Scottish Leaving Certificate Examination, 1958
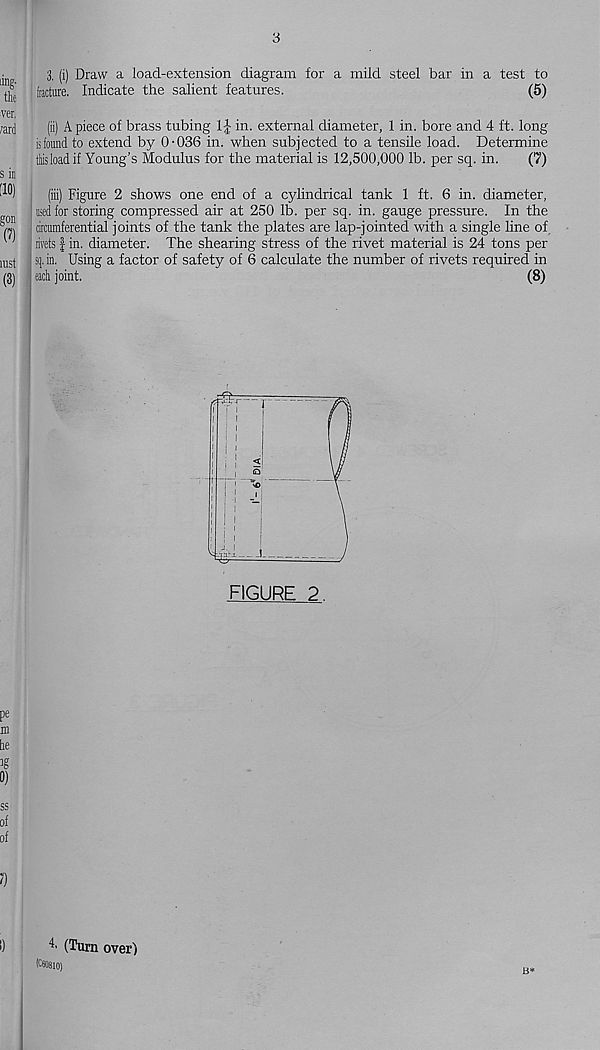
3
3. (i) Draw a load-extension diagram for a mild steel bar in a test to
fracture. Indicate the salient features.
(5)
(ii) Apiece of brass tubing
in. external diameter, 1 in. bore and 4 ft. long
is found to extend by 0-036 in. when subjected to a tensile load. Determine
thisloadif Young’s Modulus for the material is 12,500,000 lb. per sq. in.
(7)
(iii) Figure 2 shows one end of a cylindrical tank 1 ft. 6 in. diameter,
tised for storing compressed air at 250 lb. per sq. in. gauge pressure. In the
circumferential joints of the tank the plates are lap-jointed with a single line of.
rivets f in. diameter. The shearing stress of the rivet material is 24 tons per
sq. in. Using a factor of safety of 6 calculate the number of rivets required in
each joint.
(8)
FIGURE 2
4* (Turn over)
B*